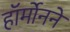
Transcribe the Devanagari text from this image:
हॉर्मोनने